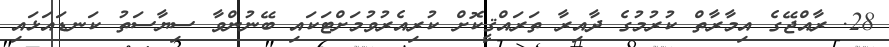
28. ރާއްޖޭގެ އިމާރާތް ކުރުމުގެ ދާއިރާ ތަރައްޤީކޮށް ކުރިއެރުވުމަށްޓަކައި ބޭނުންވާ ސިޔާސަތު ކަނޑައަޅައި